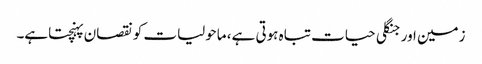
زمین اور جنگلی حیات تباہ ہوتی ہے، ماحولیات کو نقصان پہنچتاہے۔